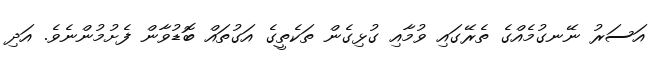
އަސަރު ނޭނގުމެއްގެ ތެރޭގައި ވުމާއި ގުޅިގެން ތަކެތީގެ އަގުތައް ބޮޑުވާން ފެށުމުންނެވެ. އަދި